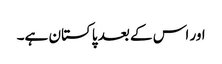
اور اس کے بعد پاکستان ہے۔